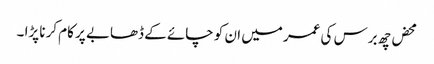
محض چھ برس کی عمر میں ان کو چائے کے ڈھابے پر کام کرنا پڑا ۔